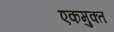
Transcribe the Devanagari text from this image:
एकमुक्त